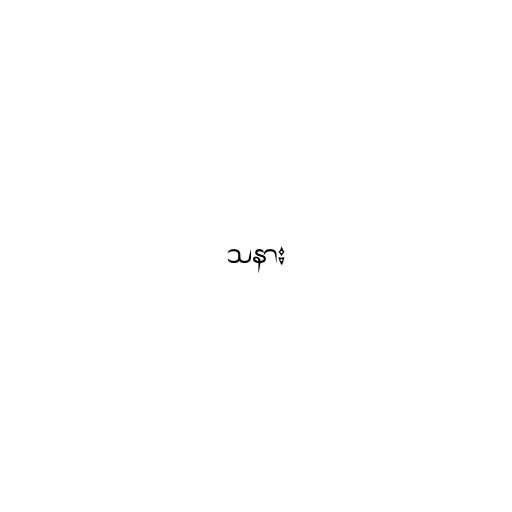
သနား